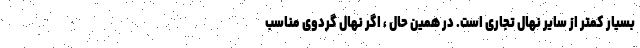
بسیار کمتر از سایر نهال تجاری است. در همین حال ، اگر نهال گردوی مناسب